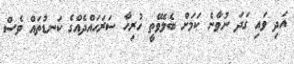
އަދި ވައި ގަދަ ނުވާނެ ކަމަށް ބެލެވޭތީ ހުރިހާ ސަރަހައްދެއްގެ ކަނޑުތައް ވެސް